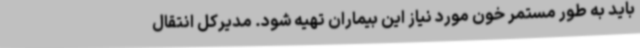
باید به طور مستمر خون مورد نیاز این بیماران تهیه شود. مدیرکل انتقال